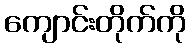
ကျောင်းတိုက်ကို